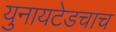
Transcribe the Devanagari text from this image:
युनायटेडचाच